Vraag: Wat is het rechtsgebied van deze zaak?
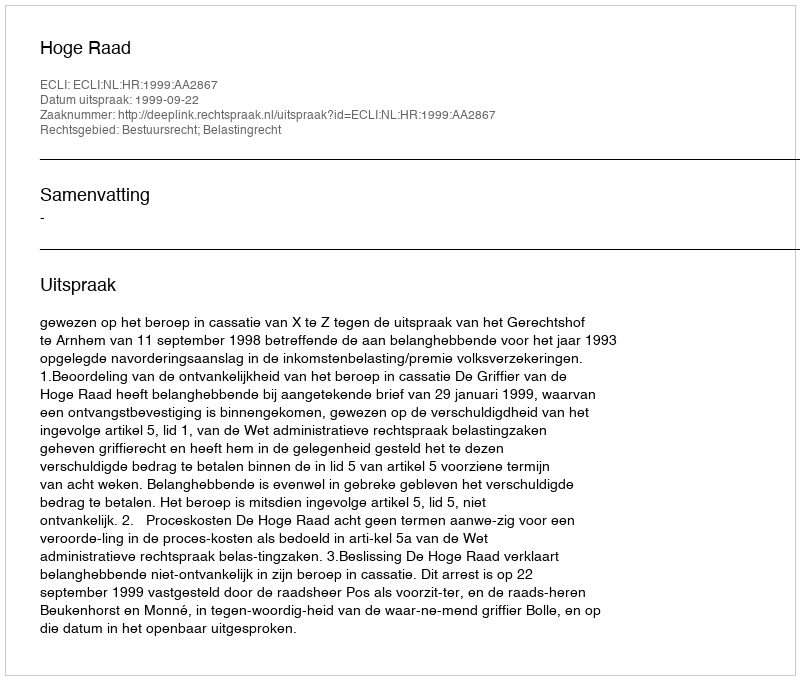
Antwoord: Bestuursrecht; Belastingrecht